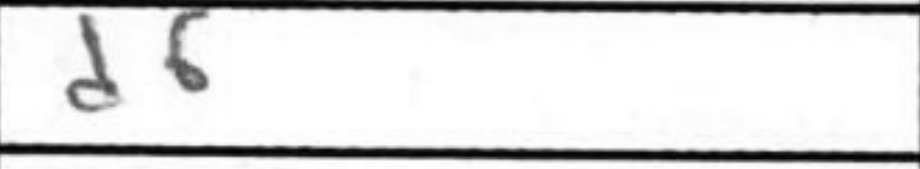
Transcription: d6